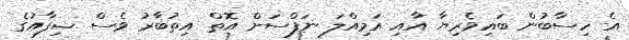
އެ ހިސާބުން ބައިވެރިޔާ އާއި އަމިއްލަ ނަފްސަށް އޮތް އިތުބާރު ވެސް ޝިފާއުގެ